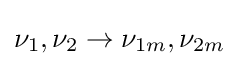
\nu _{1},\nu _{2}\rightarrow \nu _{1m},\nu _{2m}